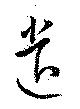
遣